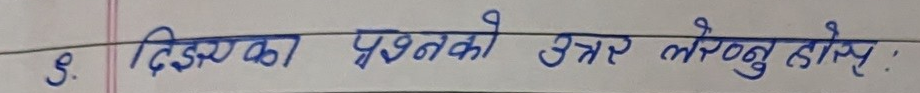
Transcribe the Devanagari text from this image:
५. दिएका प्रश्नको उत्तर लेख्नुहोस् :